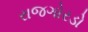
રાજગોરડો